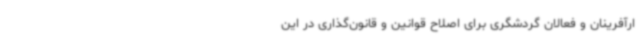
ارآفرینان و فعالان گردشگری برای اصلاح قوانین و قانون‌گذاری در این